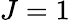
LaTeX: J=1